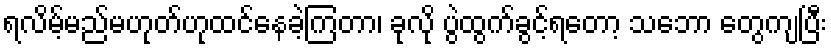
ရလိမ့်မည်မဟုတ်ဟုထင်နေခဲ့ကြတာ၊ ခုလို ပွဲထွက်ခွင့်ရတော့ သဘော တွေကျပြီး